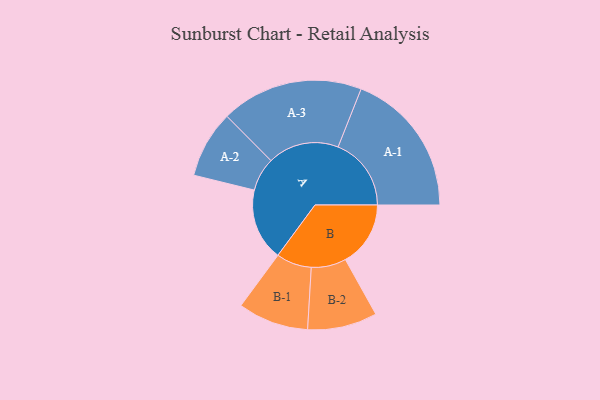
{"axis": {"x": "Segment", "y": "Value"}, "legend": ["", "A", "B"], "data": [{"x": "A", "y": 288, "type": ""}, {"x": "B", "y": 260, "type": ""}, {"x": "A-1", "y": 292, "type": "A"}, {"x": "A-2", "y": 134, "type": "A"}, {"x": "A-3", "y": 284, "type": "A"}, {"x": "B-1", "y": 141, "type": "B"}, {"x": "B-2", "y": 139, "type": "B"}]}